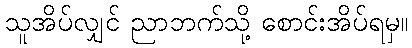
သူအိပ်လျှင် ညာဘက်သို့ စောင်းအိပ်ရမှ။